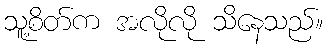
သူ့စိတ်က အလိုလို သိနေသည်။